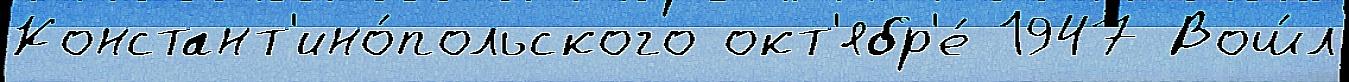
Констант'ино́польского окт'ябр'е́ 1947 Вош́л